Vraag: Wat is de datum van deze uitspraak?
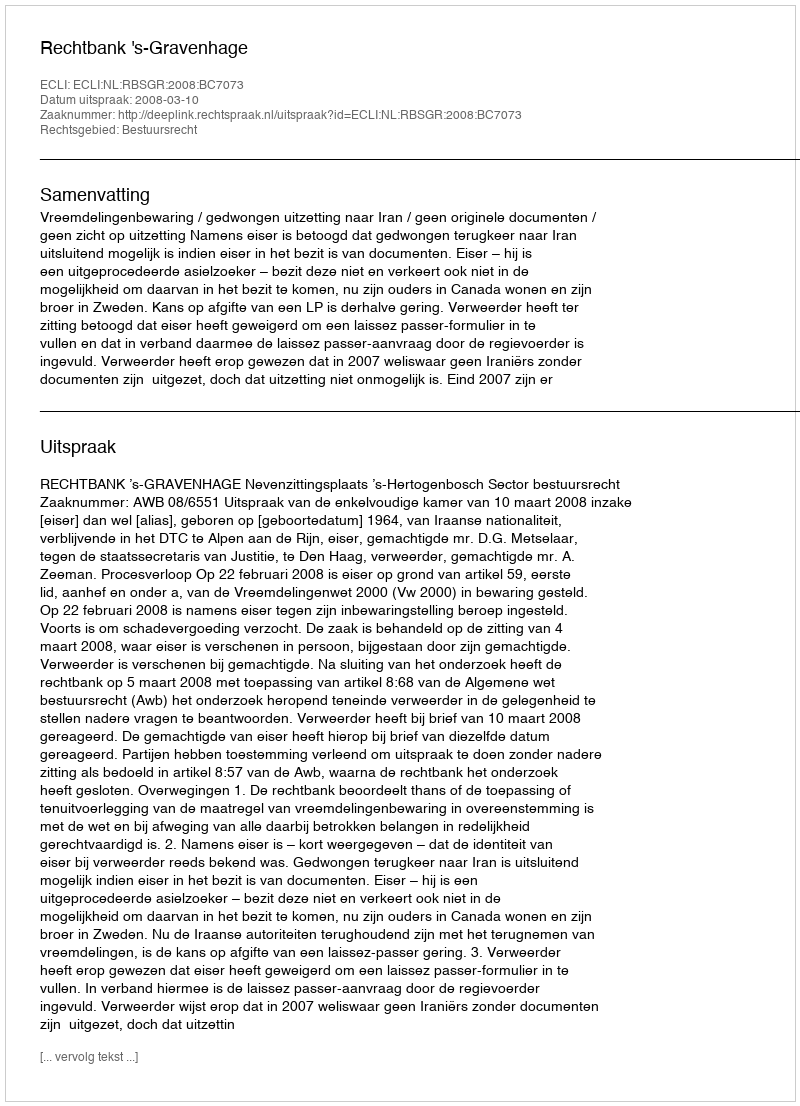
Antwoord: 2008-03-10